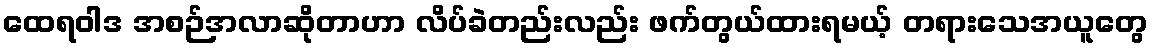
ထေရဝါဒ အစဉ်အလာဆိုတာဟာ လိပ်ခဲတည်းလည်း ဖက်တွယ်ထားရမယ့် တရားသေအယူတွေ